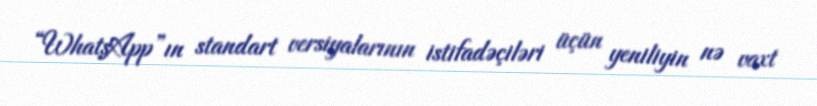
“WhatsApp”ın standart versiyalarının istifadəçiləri üçün yeniliyin nə vaxt